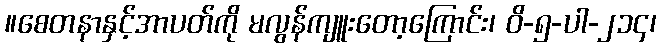
။စေတနာနှင့်အာပတ်ကို မလွန်ကျူးတော့ကြောင်း၊ ဝိ-၅-ပါ-၂၁၄၊